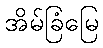
အိမ်ခြံမြေ